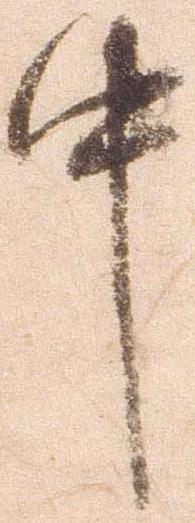
中